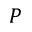
P